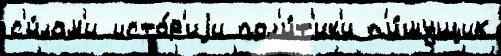
с'и́лам'и исто́р'иjи пол'и́т'ик'и п'и́шущих